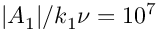
| A _ { 1 } | / k _ { 1 } \nu = 1 0 ^ { 7 }